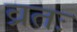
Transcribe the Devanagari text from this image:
व्रतः